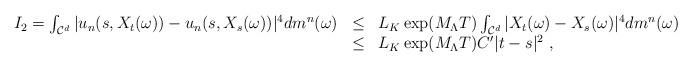
LaTeX: \begin{align*} \begin{array}{lll} I_2 = \int_{\mathcal{C}^d} |u_{n}(s,X_t(\omega)) - u_{n}(s,X_s(\omega))|^{4}dm^{n}(\omega) & \leq & L_K \exp(M_{\Lambda}T) \int_{\mathcal{C}^d} |X_t(\omega)-X_s(\omega)|^{4}dm^{n}(\omega) \\ & \leq & L_K \exp(M_{\Lambda}T)C'|t-s|^{2} \ , \end{array} \end{align*}